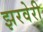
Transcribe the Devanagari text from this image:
झरवेरी